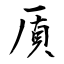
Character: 厧